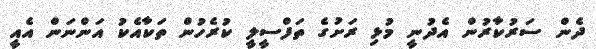
ދެން ސަރުކާރުން އެދުނީ މުޅި ރަށުގެ ތަފްސީލީ ކުރެހުން ތަކާއެކު އަންނަން އެއީ